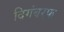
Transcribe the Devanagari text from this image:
दिगंबरफ़